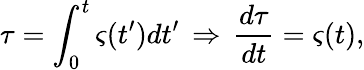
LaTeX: \tau=\int_{0}^{t}\varsigma(t^{\prime})dt^{\prime}\, \Rightarrow\, \frac{d\tau}{dt}=\varsigma(t),